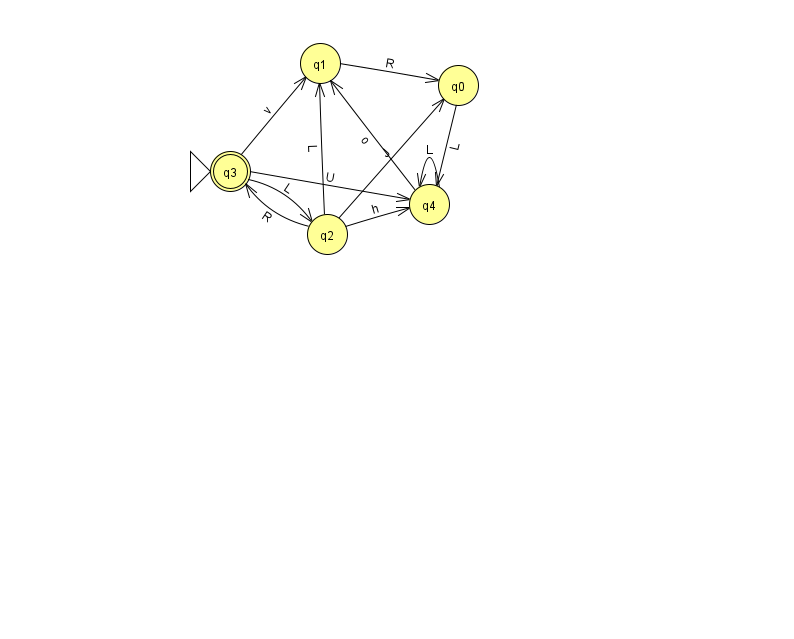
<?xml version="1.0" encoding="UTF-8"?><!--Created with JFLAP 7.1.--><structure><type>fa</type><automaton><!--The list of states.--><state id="0" name="q0"><x>458.0</x><y>72.0</y></state><state id="1" name="q1"><x>320.0</x><y>50.0</y></state><state id="2" name="q2"><x>327.0</x><y>221.0</y></state><state id="3" name="q3"><x>230.0</x><y>158.0</y><initial/><final/></state><state id="4" name="q4"><x>429.0</x><y>191.0</y></state><!--The list of transitions.--><transition><from>1</from><to>0</to><read>R</read></transition><transition><from>2</from><to>0</to><read>J</read></transition><transition><from>3</from><to>1</to><read>v</read></transition><transition><from>3</from><to>2</to><read>L</read></transition><transition><from>2</from><to>1</to><read>L</read></transition><transition><from>3</from><to>4</to><read>U</read></transition><transition><from>2</from><to>4</to><read>h</read></transition><transition><from>4</from><to>1</to><read>o</read></transition><transition><from>0</from><to>4</to><read>L</read></transition><transition><from>2</from><to>3</to><read>R</read></transition><transition><from>4</from><to>4</to><read>L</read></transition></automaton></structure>